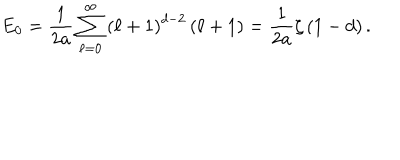
LaTeX: E _ { 0 } = \frac { 1 } { 2 a } \sum _ { \ell = 0 } ^ { \infty } \left( \ell + 1 \right) ^ { d - 2 } \left( \ell + 1 \right) = \frac { 1 } { 2 a } \zeta \left( 1 - d \right) .